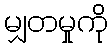
မျှတမှုကို